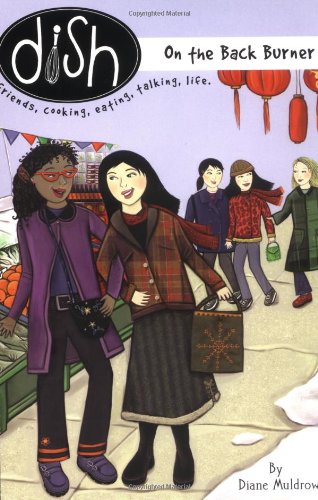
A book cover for Dish 6: On the Back Burner; Diane Muldrow; Children's Books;